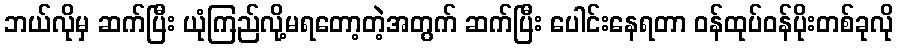
ဘယ်လိုမှ ဆက်ပြီး ယုံကြည်လို့မရတော့တဲ့အတွက် ဆက်ပြီး ပေါင်းနေရတာ ဝန်ထုပ်ဝန်ပိုးတစ်ခုလို